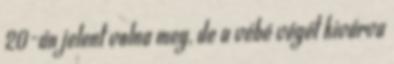
20-án jelent volna meg, de a vébé végét kivárva